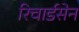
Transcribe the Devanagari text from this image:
रिचार्डसेन